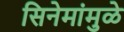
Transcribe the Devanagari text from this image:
सिनेमांमुळे